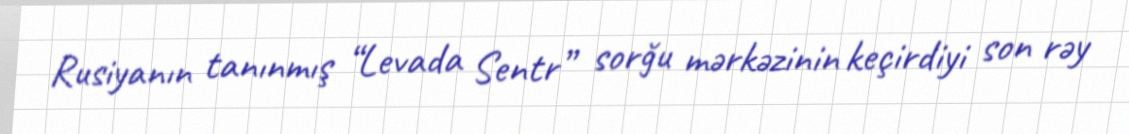
Rusiyanın tanınmış “Levada Sentr” sorğu mərkəzinin keçirdiyi son rəy